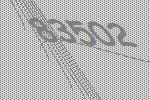
83502